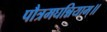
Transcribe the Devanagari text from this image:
पौत्रमघन्नियाम्॥